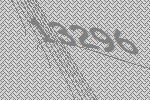
13296